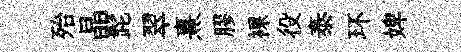
殆晶髭翠熹膠裸役泰环婢